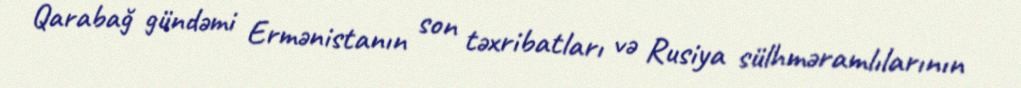
Qarabağ gündəmi Ermənistanın son təxribatları və Rusiya sülhməramlılarının